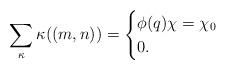
LaTeX: \begin{align*}\sum \limits_{\kappa}\kappa((m,n))= \begin{cases}\phi(q) \chi=\chi_0\\0 .\end{cases} \end{align*}